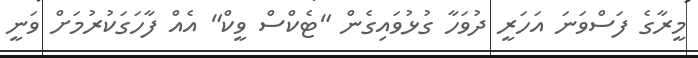
މީރާގެ ފަސްވަނަ އަހަރީ ދުވަހާ ގުޅުވައިގެން "ޓެކްސް ވީކް" އެއް ފާހަގަކުރުމަށް ވަނީ